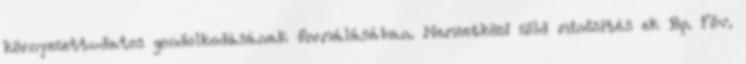
környezettudatos gondolkodásának formálásában. Nemzetközi zöld minősítés ek Bp. Főv.